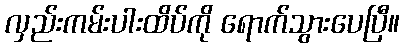
လှည်းကမ်းပါးထိပ်ကို ရောက်သွားပေပြီ။